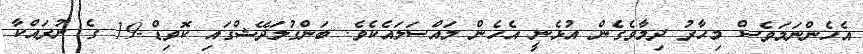
އެހެންނަމަވެސް މިހާރު ދިމާވެގެން އުޅެނީ އެހެން މައްސަލައެކެވެ. ބަންގުލަދޭޝްގައި ކޮވިޑް-19 ގެ ނުރައްކާ